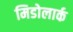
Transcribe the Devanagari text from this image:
मिडोलार्क